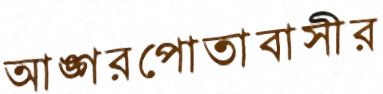
আঙ্গরপোতাবাসীর